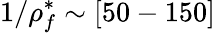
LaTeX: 1/\rho_{f}^{*}\sim[50-150]